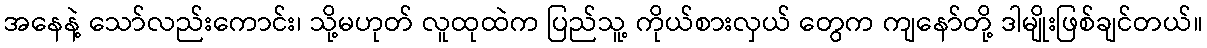
အနေနဲ့ သော်လည်းကောင်း၊ သို့မဟုတ် လူထုထဲက ပြည်သူ့ ကိုယ်စားလှယ် တွေက ကျနော်တို့ ဒါမျိုးဖြစ်ချင်တယ်။